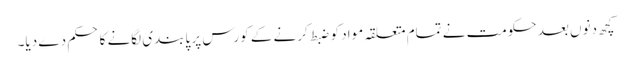
کچھ دنوں بعد حکومت نے تمام متعلقہ مواد کو ضبط کرنے کے کورس پر پابندی لگانے کا حکم دے دیا۔